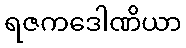
ရဇကဒေါဏိယာ